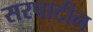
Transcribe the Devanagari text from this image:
सरपाटील